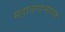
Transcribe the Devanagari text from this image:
महादण्डनायक